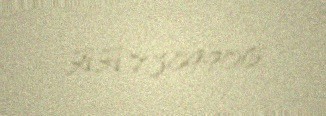
AA 7389906